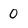
Character: 0